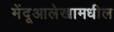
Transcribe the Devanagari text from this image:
मेंदूआलेखामधील